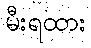
မီးရထား